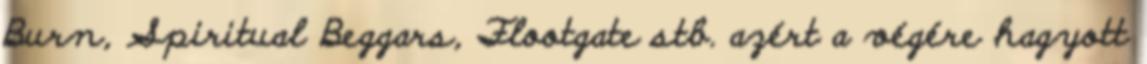
Burn, Spiritual Beggars, Flootgate stb. azért a végére hagyott